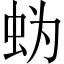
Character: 𰲲